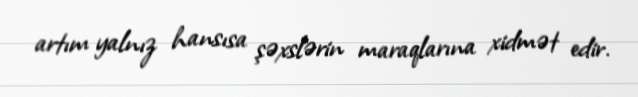
artım yalnız hansısa şəxslərin maraqlarına xidmət edir.